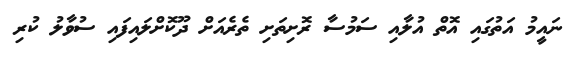
ނައީމު އަތުގައި އޮތް އުލާއި ސަމުސާ ރޮށިތަށި ތެރެއަށް ދޫކޮށްލައިފައި ސުވާލު ކުރި